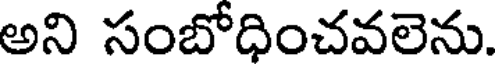
అని సంబోధించవలెను.